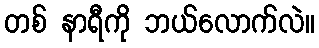
တစ် နာရီကို ဘယ်လောက်လဲ။